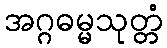
အဂ္ဂဓမ္မသုတ္တံ